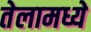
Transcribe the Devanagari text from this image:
तेलामध्ये